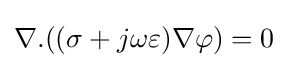
\nabla .((\sigma +j\omega \varepsilon )\nabla \varphi )=0